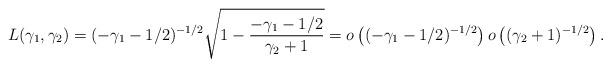
LaTeX: \begin{align*}L(\gamma_1,\gamma_2)=(-\gamma_1-1/2)^{-1/2}\sqrt{1-\frac{-\gamma_1-1/2}{\gamma_2+1}}=o\left((-\gamma_1-1/2)^{-1/2}\right)o\left((\gamma_2+1)^{-1/2}\right).\end{align*}